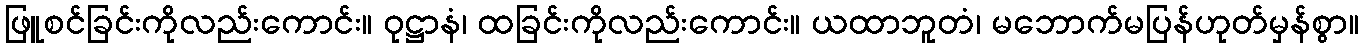
ဖြူစင်ခြင်းကိုလည်းကောင်း။ ဝုဋ္ဌာနံ၊ ထခြင်းကိုလည်းကောင်း။ ယထာဘူတံ၊ မဘောက်မပြန်ဟုတ်မှန်စွာ။